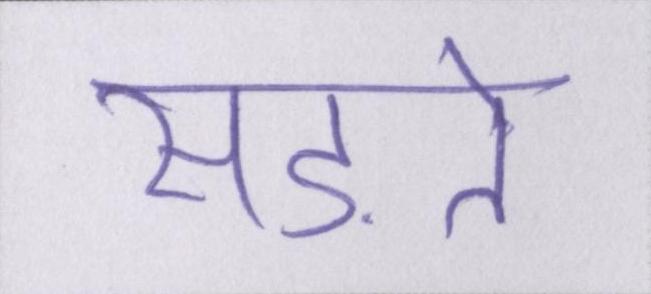
सड़ते